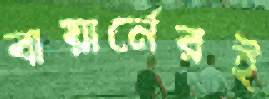
বায়ার্নেরই